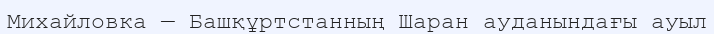
Михайловка — Башқұртстанның Шаран ауданындағы ауыл